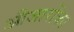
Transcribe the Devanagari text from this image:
औजारोंका